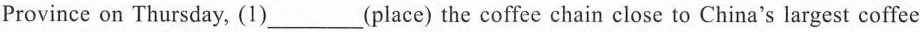
Province on Thursday, (1)___(place) the coffee chain close to China's largest coffee